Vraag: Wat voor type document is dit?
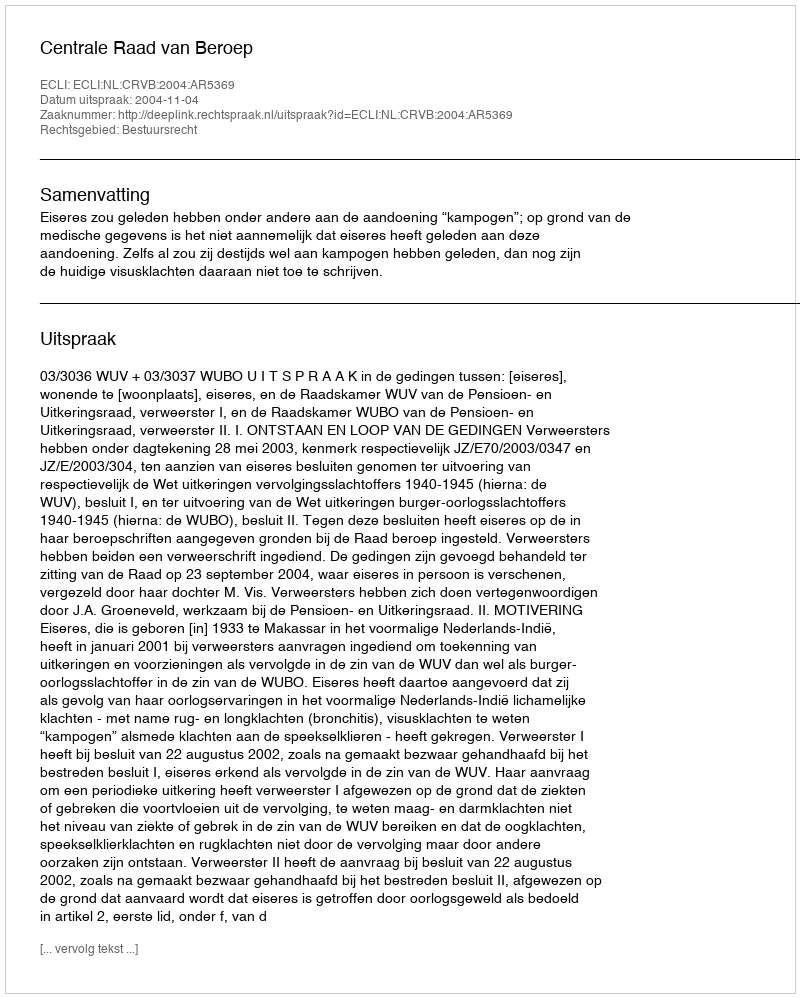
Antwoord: Uitspraak